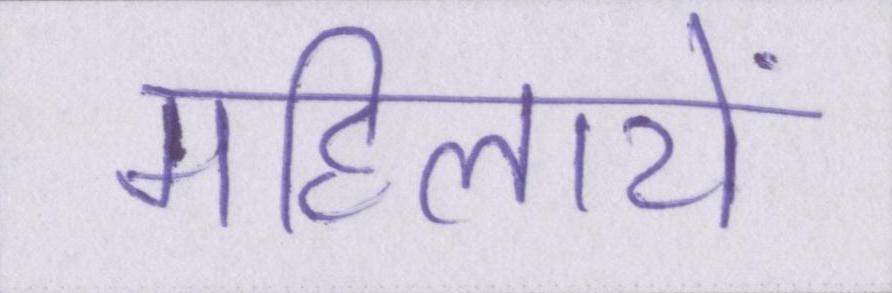
महिलायें